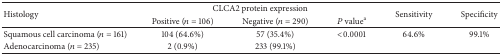
| <ROWSPAN=2> Histology | <COLSPAN=3> CLCA2 protein expression | <ROWSPAN=2> Sensitivity | <ROWSPAN=2> Specificity |
 | Positive (n = 106) | Negative (n = 290) | P valuea |
 | --- | --- | --- | --- | --- | --- |
 | Squamous cell carcinoma (n = 161) | 104 (64.6%) | 57 (35.4%) | <0.0001 | 64.6% | 99.1% |
 | Adenocarcinoma (n = 235) | 2 (0.9%) | 233 (99.1%) |  |  |  |